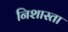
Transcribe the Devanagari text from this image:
निशास्ता